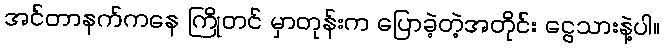
အင်တာနက်ကနေ ကြိုတင် မှာတုန်းက ပြောခဲ့တဲ့အတိုင်း ငွေသားနဲ့ပါ။